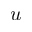
u